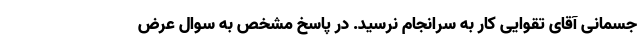
جسمانی آقای تقوایی کار به سرانجام نرسید. در پاسخ مشخص به سوال عرض